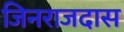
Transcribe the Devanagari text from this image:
जिनराजदास